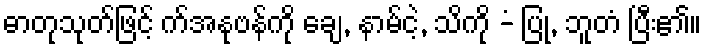
ဓာတုသုတ်ဖြင့် က်အနုဗန်ကို ချေ, နာမ်ငဲ့, သိကို -ံ ပြု, ဘူတံ ပြီး၏။